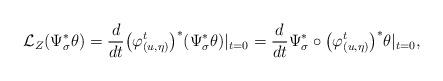
LaTeX: \begin{gather*} \mathcal{L}_Z(\Psi^*_\sigma\theta )= \frac{d}{dt}\big(\varphi^t_{(u,\eta)}\big)^*(\Psi^*_\sigma\theta)|_{t=0} =\frac{d}{dt}\Psi^*_\sigma\circ\big(\varphi^t_{(u,\eta)}\big)^*\theta|_{t=0},\end{gather*}